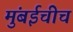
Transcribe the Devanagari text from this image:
मुंबईचीच